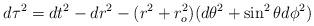
LaTeX: \begin{align*}d\tau^2 =dt^2 -dr^2 -(r^2+r_o^2) ( d\theta^2 + \sin^2 \theta d\phi^2 )\end{align*}